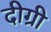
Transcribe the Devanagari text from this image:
दीग्री